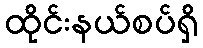
ထိုင်းနယ်စပ်ရှိ